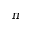
\pi